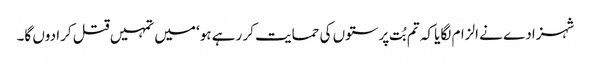
شہزادے نے الزام لگایا کہ تم بُت پرستوں کی حمایت کر رہے ہو‘ میں تمہیں قتل کرا دوں گا۔